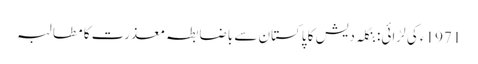
1971ء کی لڑائی: بنگلہ دیش کا پاکستان سے باضابطہ معذرت کا مطالبہ